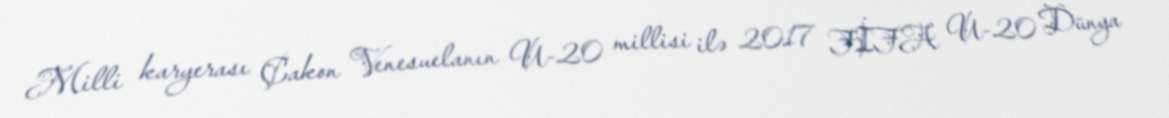
Milli karyerası Çakon Venesuelanın U-20 millisi ilə 2017 FİFA U-20 Dünya